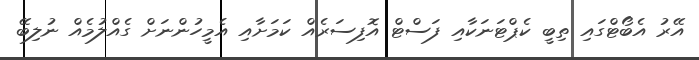
އޭރު އެބޯޓްގައި ތިބީ ކެޕްޓަނަކާއި ފަސްޓް އޮފިސަރެއް ކަމަށާއި އެމީހުންނަށް ގެއްލުމެއް ނުލިބޭ